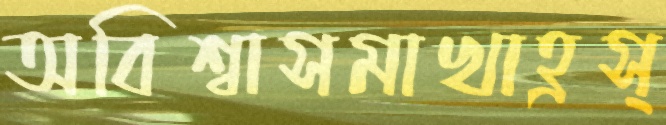
অবিশ্বাসমাখাহ্রস্